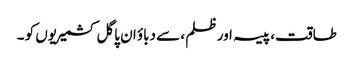
طاقت، پیسہ اور ظلم ، سے دباؤ ان پاگل کشمیریوں کو ۔